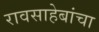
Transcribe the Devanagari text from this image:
रावसाहेबांचा